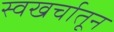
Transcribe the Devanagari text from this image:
स्वखर्चातून